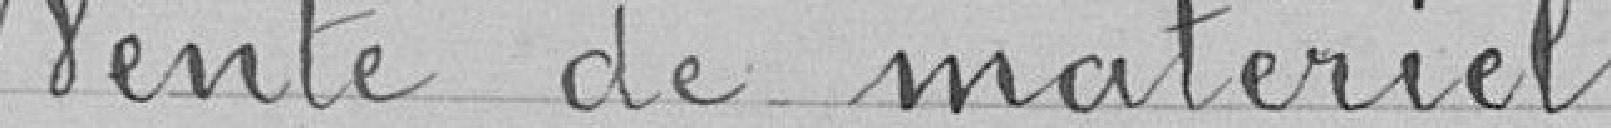
Vente de matériel